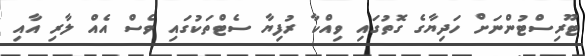
ޓޫރިސްޓުންނަށް ހަދިޔާގެ ގޮތުގައި ވިއްކާ ރުފިޔާ ސެޓްތަކުގައި ވެސް އެއް ލާރި އާއި